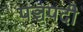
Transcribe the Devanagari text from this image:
पञ्चपदी